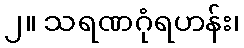
၂။ သရဏဂုံရဟန်း၊